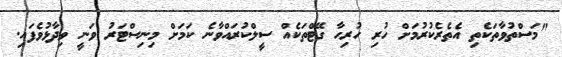
"މަސްތުވާތަކެތި އެތެރެކުރުމަށް ހުރި ހުރިހާ ގޭޓްތަކެއް ސީލްކުރައްވާނެ ކަމަށް މިނިސްޓަރު ވަނީ ވިދާޅުވެފައި.